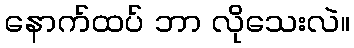
နောက်ထပ် ဘာ လိုသေးလဲ။